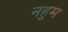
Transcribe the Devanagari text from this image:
नहुम